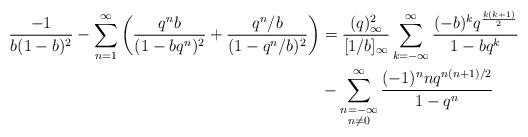
LaTeX: \begin{align*}\frac{-1}{b(1-b)^2}- \sum_{n=1}^\infty\left(\frac{q^nb}{(1-bq^n)^2}+\frac{q^n/b}{(1-q^n/b)^2}\right)&=\frac{(q)^2_\infty}{[1/b]_\infty}\sum_{k=-\infty}^\infty\frac{(-b)^kq^{\frac{k(k+1)}{2}}}{1-bq^k} \\& -\sum_{\substack{n=-\infty \\ n\neq0}}^\infty\frac{(-1)^nnq^{n(n+1)/2}}{1-q^n}\end{align*}